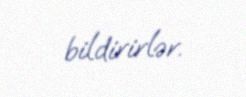
bildirirlər.